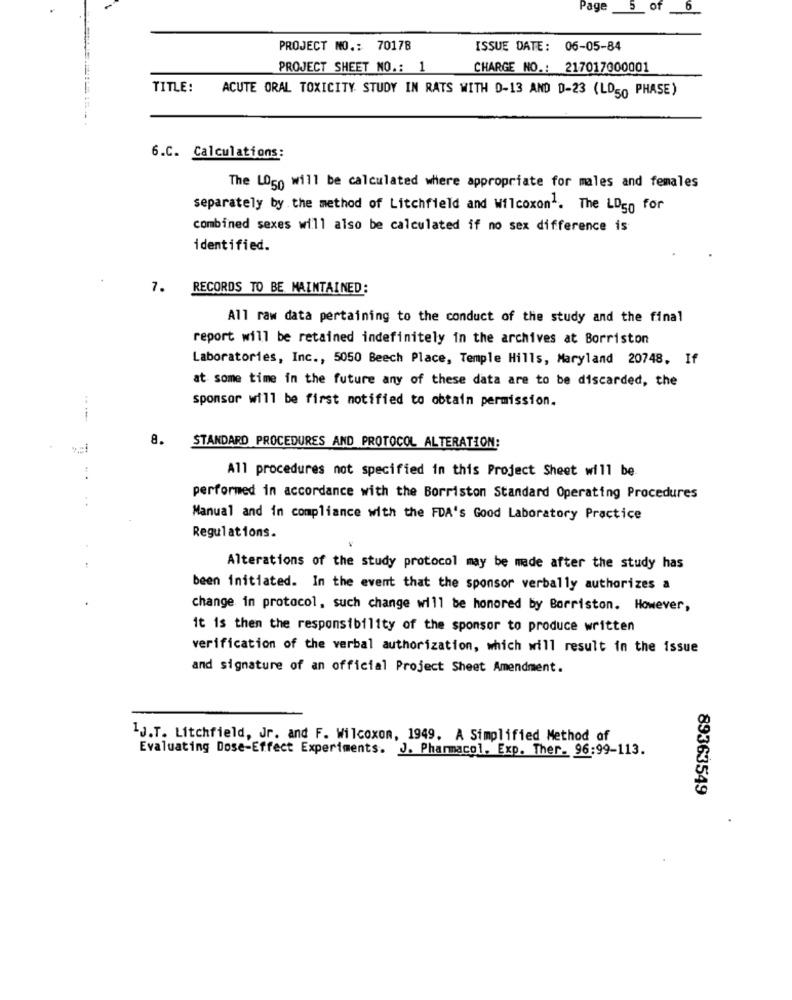
Page 5_ of 0
PROJECT NO .: 70178
ISSUE DATE: 06-05-84
PROJECT SHEET NO .: 1
CHARGE NO .: 217017000001
TITLE:
ACUTE ORAL TOXICITY STUDY IN RATS WITH 0-13 AND D-23 (LD50 PHASE)
6.C. Calculations:
The LOgo will be calculated where appropriate for males and females
separately by the method of Litchfield and Wilcoxon1. The LD50 for
combined sexes will also be calculated if no sex difference is
identified.
7.
RECORDS TO BE MAINTAINED:
All raw data pertaining to the conduct of the study and the final
report will be retained indefinitely in the archives at Borriston
Laboratories, Inc ., 5050 Beech Place, Temple Hills, Maryland 20748. If
at some time in the future any of these data are to be discarded, the
sponsor will be first notified to obtain permission.
8.
STANDARD PROCEDURES AND PROTOCOL ALTERATION:
All procedures not specified in this Project Sheet will be
performed in accordance with the Borriston Standard Operating Procedures
Manual and in compliance with the FDA's Good Laboratory Practice
Regulations.
Alterations of the study protocol may be made after the study has
been initiated. In the event that the sponsor verbally authorizes a
change in protocol, such change will be honored by Borriston. However,
it is then the responsibility of the sponsor to produce written
verification of the verbal authorization, which will result in the issue
and signature of an official Project Sheet Amendment.
1J.T. Litchfield, Jr. and F. Wilcoxon, 1949. A Simplified Method of
Evaluating Dose-Effect Experiments. J. Pharmacol. Exp. Ther. 96:99-113.
89363549